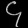
Digit: ၄